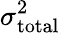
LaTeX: \sigma_{\mathrm{total}}^{2}